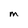
Character: m